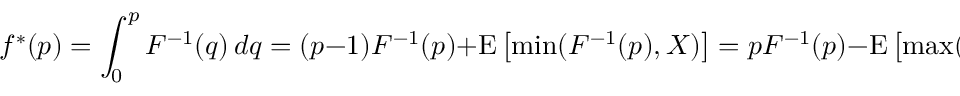
f ^ { * } ( p ) = \int _ { 0 } ^ { p } F ^ { - 1 } ( q ) \, d q = ( p - 1 ) F ^ { - 1 } ( p ) + \operatorname { E } \left[ \operatorname* { m i n } ( F ^ { - 1 } ( p ) , X ) \right] = p F ^ { - 1 } ( p ) - \operatorname { E } \left[ \operatorname* { m a x } ( 0 , F ^ { - 1 } ( p ) - X ) \right] .